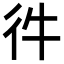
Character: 𢓐